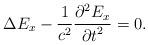
LaTeX: \begin{align*}\Delta E_x -\frac{1}{c^2}\frac{{\partial}^{2} E_x}{{\partial t}^{2}}=0.\end{align*}